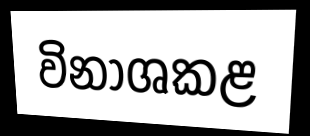
විනාශකළ